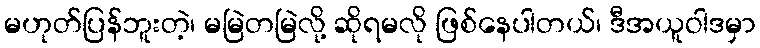
မဟုတ်ပြန်ဘူးတဲ့၊ မမြဲတမြဲလို့ ဆိုရမလို ဖြစ်နေပါတယ်၊ ဒီအယူဝါဒမှာ